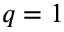
q = 1